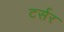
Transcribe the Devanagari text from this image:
टर्सर